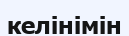
келінімін